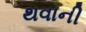
થવાની